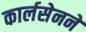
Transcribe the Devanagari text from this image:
कार्लसेनने